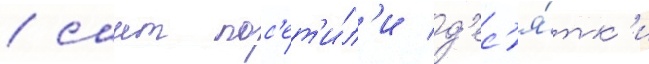
/ саит пос'ет'и́л'и д'ес'я́тк'и